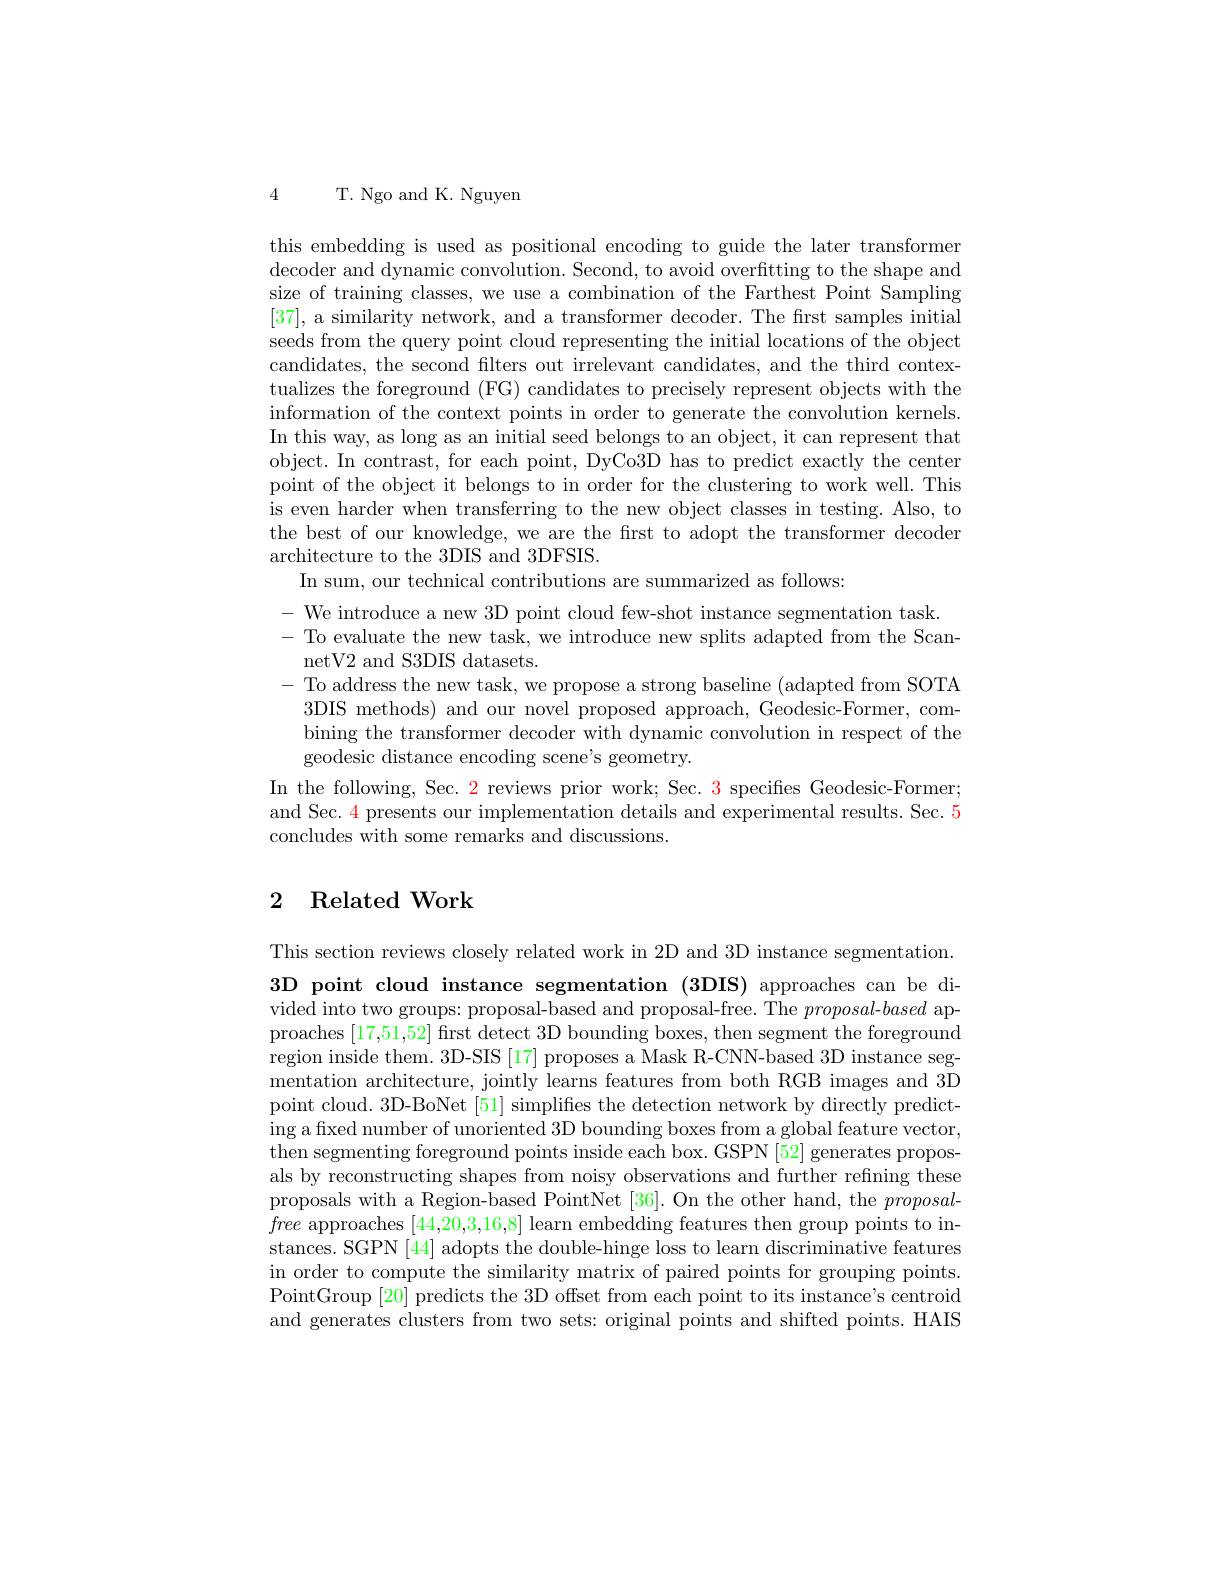
4 T. Ngo and K. Nguyen

this embedding is used as positional encoding to guide the later transformer decoder and dynamic convolution. Second, to avoid overfitting to the shape and size of training classes, we use a combination of the Farthest Point Sampling [37], a similarity network, and a transformer decoder. The first samples initial seeds from the query point cloud representing the initial locations of the object candidates, the second filters out irrelevant candidates, and the third contextualizes the foreground (FG) candidates to precisely represent objects with the information of the context points in order to generate the convolution kernels. In this way, as long as an initial seed belongs to an object, it can represent that object. In contrast, for each point, DyCo3D has to predict exactly the center point of the object it belongs to in order for the clustering to work well. This is even harder when transferring to the new object classes in testing. Also, to the best of our knowledge, we are the first to adopt the transformer decoder architecture to the 3DIS and 3DFSIS.
In sum, our technical contributions are summarized as follows:
- We introduce a new 3D point cloud few-shot instance segmentation task.
- To evaluate the new task, we introduce new splits adapted from the Scan-
netV2 and S3DIS datasets.
- To address the new task, we propose a strong baseline (adapted from SOTA
3DIS methods) and our novel proposed approach, Geodesic-Former, combining the transformer decoder with dynamic convolution in respect of the geodesic distance encoding scene's geometry.
In the following, Sec. 2 reviews prior work; Sec. 3 specifies Geodesic-Former; and Sec. 4 presents our implementation details and experimental results. Sec. 5 concludes with some remarks and discussions.

### 2 Related Work

This section reviews closely related work in 2D and 3D instance segmentation 3D point cloud instance segmentation (3DIS) approaches can be divided into two groups: proposal-based and proposal-free. The $proposal-based$ approaches [17,51,52] first detect 3D bounding boxes, then segment the foreground region inside them. 3D-SIS [17] proposes a Mask R-CNN-based 3D instance segmentation architecture, jointly learns features from both RGB images and 3D point cloud. 3D-BoNet [51] simplifies the detection network by directly predicting a fixed number of unoriented 3D bounding boxes from a global feature vector, then segmenting foreground points inside each box. GSPN [52] generates proposals by reconstructing shapes from noisy observations and further refining these proposals with a Region-based PointNet [36]. On the other hand, the proposalfree approaches [44,20,3,16,8] learn embedding features then group points to instances. SGPN [44] adopts the double-hinge loss to learn discriminative features in order to compute the similarity matrix of paired points for grouping points. PointGroup [20] predicts the 3D offset from each point to its instance's centroid and generates clusters from two sets: original points and shifted points. HAIS